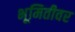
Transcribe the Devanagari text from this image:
भूमितीवर